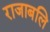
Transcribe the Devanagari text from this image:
राजाबलि